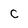
Character: C